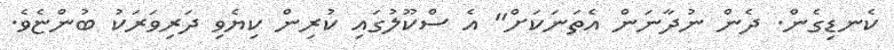
ކެނޑިގެން. ދެން ނުދާނަން އެތަނަކަށް" އެ ސްކޫލުގައި ކުރިން ކިޔެވި ދަރިވަރަކު ބުންޏެވެ.